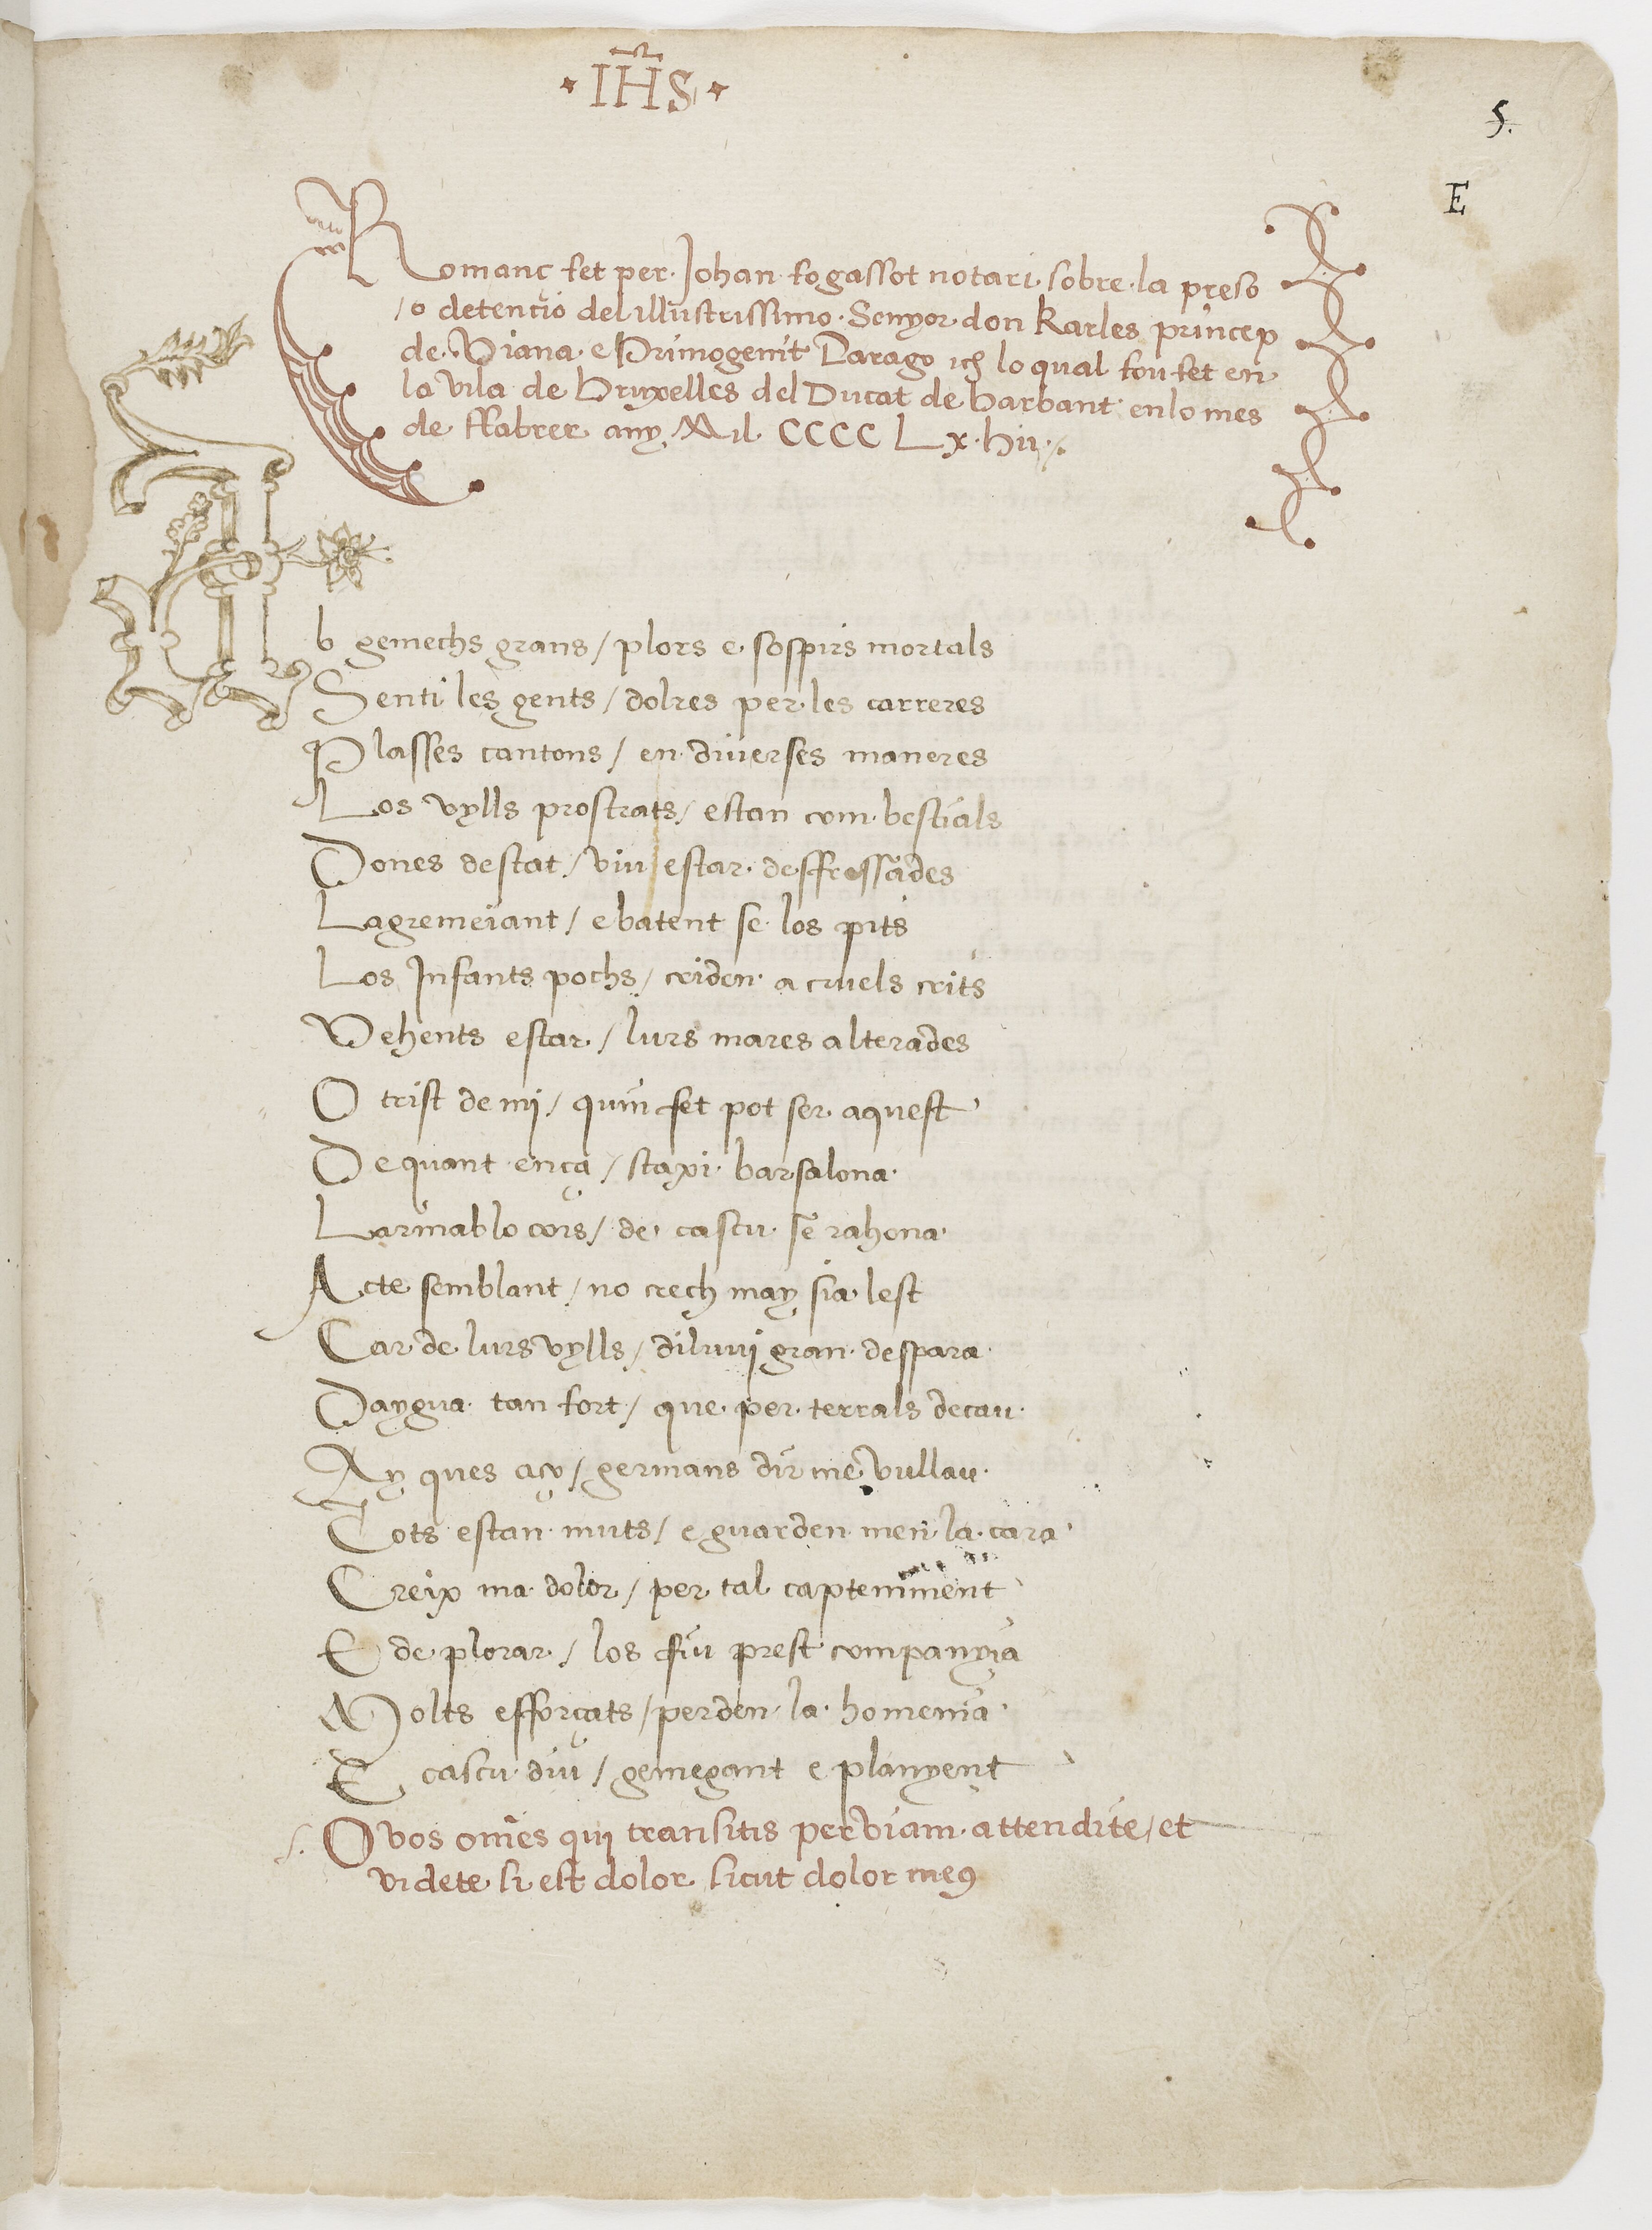
Shelfmark: Paris, BnF, esp. 225
Century: 16